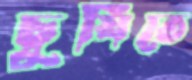
চুষিতে